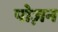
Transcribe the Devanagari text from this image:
पोज़न